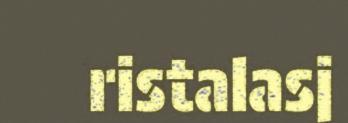
ristalasj